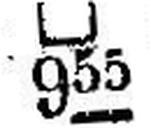
□ 955